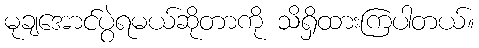
မုချအောင်ပွဲရမယ်ဆိုတာကို သိရှိထားကြပါတယ်။